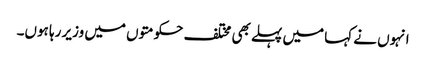
انہوں نے کہا میں پہلے بھی مختلف حکومتوں میں وزیر رہا ہوں۔